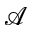
\mathcal { A }